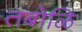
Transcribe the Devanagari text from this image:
तबोळि